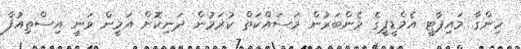
ހިންގާ މައިޕާޓީ އެމްޑީޕީގެ މެންބަރުން މަސައްކަތް ކުރަމުން ދަނިކޮށް އަމީން ވަނީ އިސްތިއުފާ